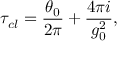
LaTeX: \tau _ { c l } = { \frac { \theta _ { 0 } } { 2 \pi } } + { \frac { 4 \pi i } { g _ { 0 } ^ { 2 } } } ,